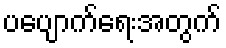
ပပျောက်ရေးအတွက်